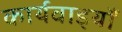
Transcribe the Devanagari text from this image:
कार्यवाइयाँ